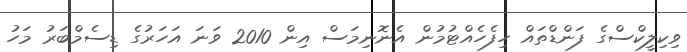
ވިކިލީކްސްގެ ފަންޑްތައް ހިފެހެއްޓުމުން އެނޮނިމަސް އިން 2010 ވަނަ އަހަރުގެ ޑިސެމްބަރު މަހު